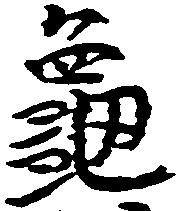
亀